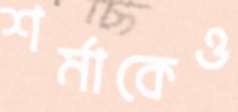
শর্মাকেও